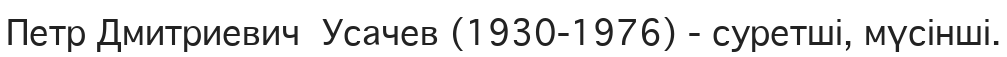
Петр Дмитриевич  Усачев (1930-1976) - суретші, мүсінші.